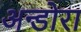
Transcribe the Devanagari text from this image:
अन्डोरा